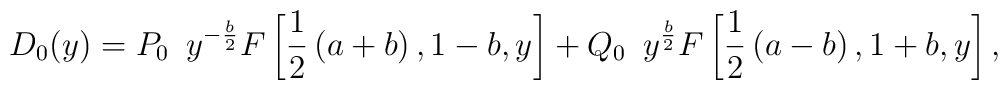
D_0(y)=P_0\,\,\,y^{-\frac{b}{2}}F\left[ \frac{1}{2}\left(a+b\right),1-b,y\right] +Q_0\,\,\,y^{\frac{b}{2}}F\left[\frac{1}{2}\left(a-b\right),1+b,y\right],